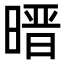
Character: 㬐